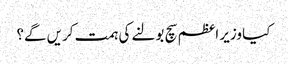
کیا وزیر اعظم سچ بولنے کی ہمت کریں گے؟